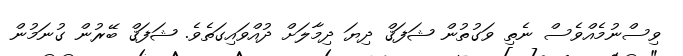
ވިސްނުމެއްވެސް ނެތި ވަގުތުން ޝަފަޤް ދިޔަ ދިމާލަށް ދުއްވައިގަތެވެ. ޝަފަޤް ބޭރުން ގުނަމުން